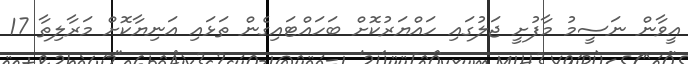
އީވާން ނަސީމު މާފުށީ ޖަލުގައި ހައްޔަރުކޮށް ބަހައްޓައިގެން ތަޅައި އަނިޔާކޮށް މަރާލިތާ 17